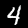
Label: 4